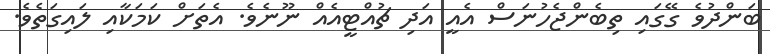
ބަންދުވެ ގޭގައި ތިބެންޖެހުނަސް އެއީ އަދި ޗުއްޓީއެއް ނޫނެވެ. އެތަށް ކަމަކާއި ލައިގަތެވެ.